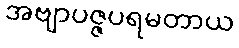
အဗျာပဇ္ဇပရမတာယ